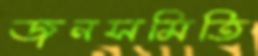
জনসমিতি